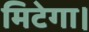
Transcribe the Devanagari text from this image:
मिटेगा।